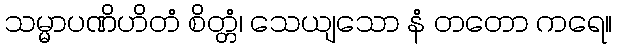
သမ္မာပဏိဟိတံ စိတ္တံ၊ သေယျသော နံ တတော ကရေ။